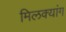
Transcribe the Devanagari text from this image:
मिलक्यांग